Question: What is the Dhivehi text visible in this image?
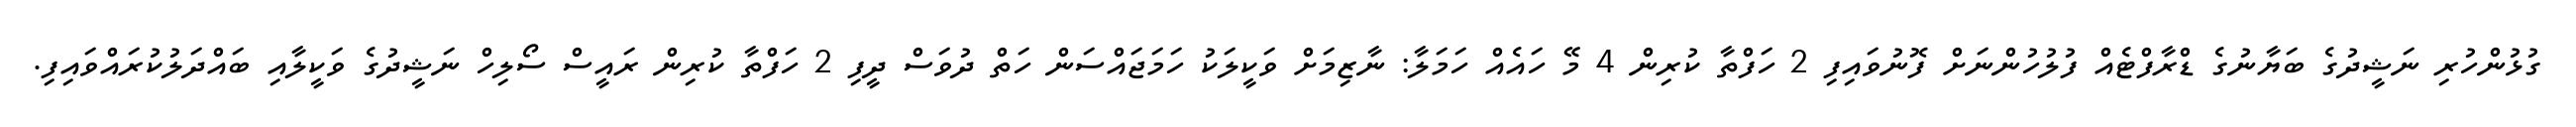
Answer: ގުޅުންހުރި ނަޝީދުގެ ބަޔާނުގެ ޑްރާފްޓެއް ފުލުހުންނަށް ފޮނުވައިފި 2 ހަފްތާ ކުރިން 4 މޭ ހައެއް ހަމަލާ: ނާޒިމަށް ވަކީލަކު ހަމަޖައްސަން ހަތް ދުވަސް ދީފި 2 ހަފްތާ ކުރިން ރައީސް ސޯލިހް ނަޝީދުގެ ވަކީލާއި ބައްދަލުކުރައްވައިފި.